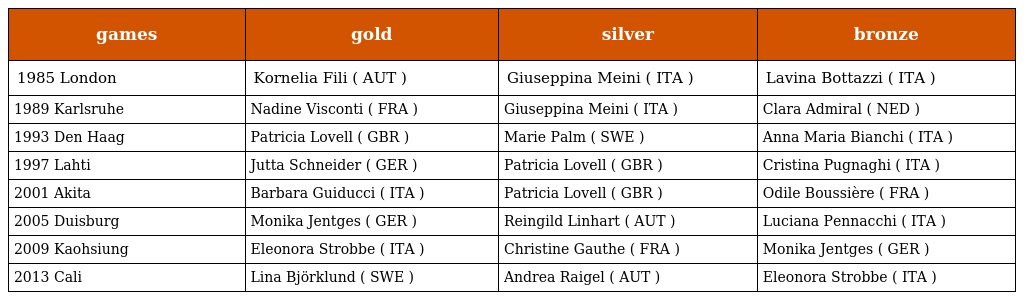
| games | gold | silver | bronze |
 | --- | --- | --- | --- |
 | 1985 London | Kornelia Fili ( AUT ) | Giuseppina Meini ( ITA ) | Lavina Bottazzi ( ITA ) |
 | 1989 Karlsruhe | Nadine Visconti ( FRA ) | Giuseppina Meini ( ITA ) | Clara Admiral ( NED ) |
 | 1993 Den Haag | Patricia Lovell ( GBR ) | Marie Palm ( SWE ) | Anna Maria Bianchi ( ITA ) |
 | 1997 Lahti | Jutta Schneider ( GER ) | Patricia Lovell ( GBR ) | Cristina Pugnaghi ( ITA ) |
 | 2001 Akita | Barbara Guiducci ( ITA ) | Patricia Lovell ( GBR ) | Odile Boussière ( FRA ) |
 | 2005 Duisburg | Monika Jentges ( GER ) | Reingild Linhart ( AUT ) | Luciana Pennacchi ( ITA ) |
 | 2009 Kaohsiung | Eleonora Strobbe ( ITA ) | Christine Gauthe ( FRA ) | Monika Jentges ( GER ) |
 | 2013 Cali | Lina Björklund ( SWE ) | Andrea Raigel ( AUT ) | Eleonora Strobbe ( ITA ) |